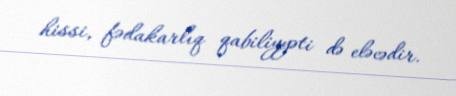
hissi, fədakarlıq qabiliyyəti də eləcədir.